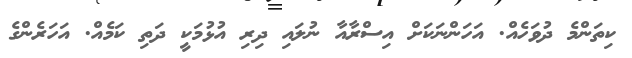
ކިތަންމެ ދުވަހެއް. އަހަންނަކަށް އިސްރާއާ ނުލައި ދިރި އުޅުމަކީ ދަތި ކަމެއް. އަހަރެންގެ